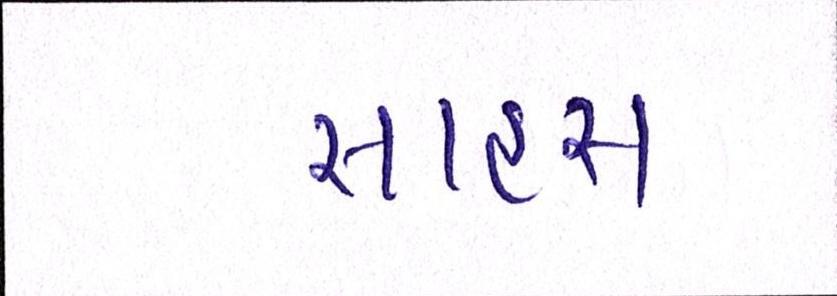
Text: સાહસ